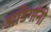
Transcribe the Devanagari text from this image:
अडिगांनी